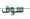
سوف